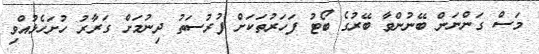
މަސް ގަންނަން ބޭނުންވާ ބޭރުގެ ބޯޓު ފަހަރުތަކަށް ފުރުސަތު ދިނުމަށް ގަރާރު ހުށަހެޅުއްވި